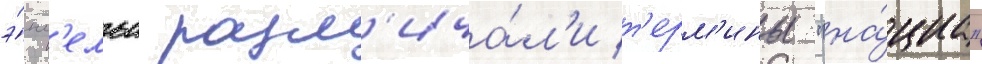
э́нг'ельс разл'ича́л'и т'ерм'ины "на́циа"